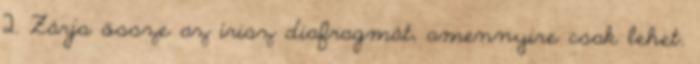
2. Zárja össze az írisz diafragmát, amennyire csak lehet.